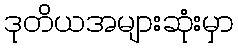
ဒုတိယအများဆုံးမှာ